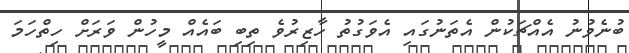
ބުނެވުނު އެއްޗަކުން އެތަނުގައި އެވަގުތު ހާޒިރުވެ ތިބި ބައެއް މީހުން ވަރަށް ހިތްހަމަ